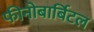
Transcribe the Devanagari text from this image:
फीनोबार्बिटल